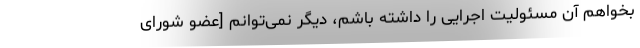
بخواهم آن مسئولیت اجرایی را داشته باشم، دیگر نمی‌توانم [عضو شورای